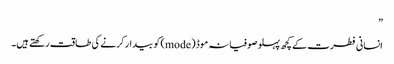
”
انسانی فطرت کے کچھ پہلو صوفیانہ موڈ (mode) کو بیدار کرنے کی طاقت رکھتے ہیں۔